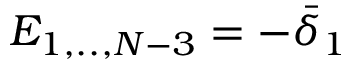
E _ { 1 , . . , N - 3 } = - \bar { \delta } _ { 1 }